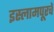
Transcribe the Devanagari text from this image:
इस्लामपूरचे